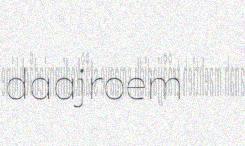
daajroem